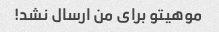
موهیتو برای من ارسال نشد! ‌